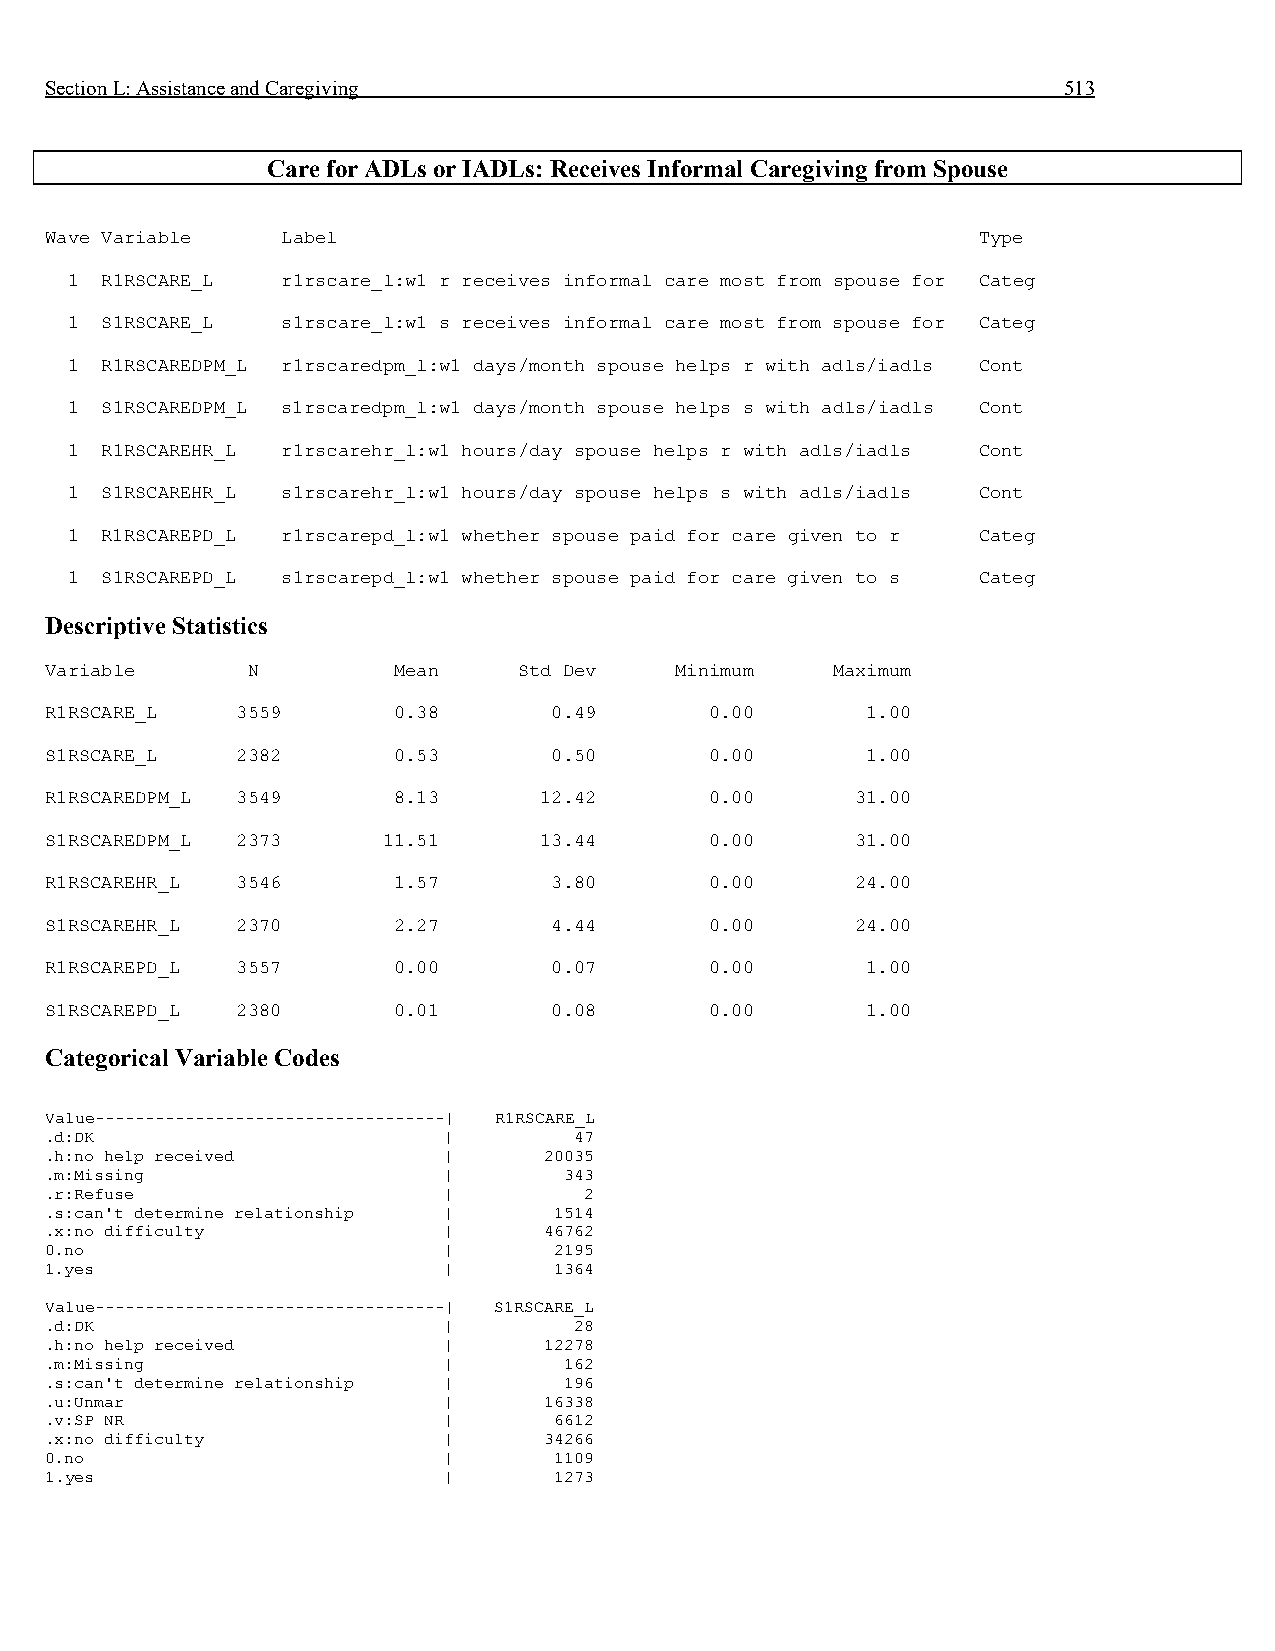
Section L: Assistance and Caregiving                               513
 Care for ADLs or IADLs: Receives Informal Caregiving from Spouse
 Wave Variable   Label                                         Type
 1  R1RSCARE_L  r1rscare_l:w1 r receives informal care most from spouse for Categ
 1  S1RSCARE_L  s1rscare_l:w1 s receives informal care most from spouse for Categ
 1  R1RSCAREDPM_L r1rscaredpm_l:w1 days/month spouse helps r with adls/iadls Cont
 1  S1RSCAREDPM_L s1rscaredpm_l:w1 days/month spouse helps s with adls/iadls Cont
 1  R1RSCAREHR_L r1rscarehr_l:w1 hours/day spouse helps r with adls/iadls Cont
 1  S1RSCAREHR_L s1rscarehr_l:w1 hours/day spouse helps s with adls/iadls Cont
 1  R1RSCAREPD_L r1rscarepd_l:w1 whether spouse paid for care given to r Categ
 1  S1RSCAREPD_L s1rscarepd_l:w1 whether spouse paid for care given to s Categ
 Descriptive Statistics
 Variable     N         Mean    Std Dev    Minimum   Maximum
 R1RSCARE_L   3559      0.38      0.49       0.00      1.00
 S1RSCARE_L   2382      0.53      0.50       0.00      1.00
 R1RSCAREDPM_L 3549     8.13      12.42      0.00      31.00
 S1RSCAREDPM_L 2373    11.51      13.44      0.00      31.00
 R1RSCAREHR_L 3546      1.57      3.80       0.00      24.00
 S1RSCAREHR_L 2370      2.27      4.44       0.00      24.00
 R1RSCAREPD_L 3557      0.00      0.07       0.00      1.00
 S1RSCAREPD_L 2380      0.01      0.08       0.00      1.00
 Categorical Variable Codes
 Value-----------------------------------| R1RSCARE_L
 .d:DK                     |        47
 .h:no help received       |      20035
 .m:Missing                |       343
 .r:Refuse                 |         2
 .s:can't determine relationship | 1514
 .x:no difficulty          |      46762
 0.no                      |       2195
 1.yes                     |       1364
 Value-----------------------------------| S1RSCARE_L
 .d:DK                     |        28
 .h:no help received       |      12278
 .m:Missing                |       162
 .s:can't determine relationship | 196
 .u:Unmar                  |      16338
 .v:SP NR                  |       6612
 .x:no difficulty          |      34266
 0.no                      |       1109
 1.yes                     |       1273